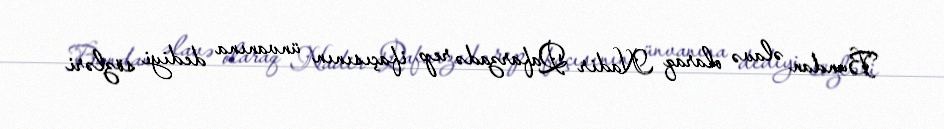
Bundan əlavə olaraq Nadir Qafarzadə rep ifaçısının ünvanına dediyi sözləri